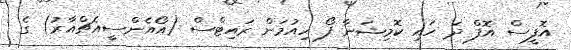
އޮފީސް އޮފް ދަ ހައި ކޮމިޝަނާ ފޯ ހިއުމަން ރައިޓްސް (އޯއެންސީއެޗްއާރު) ގެ